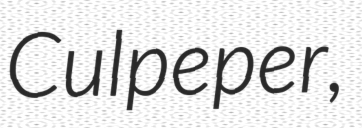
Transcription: Culpeper,